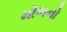
મોભનો